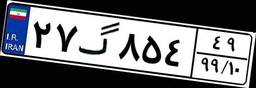
۸۷گ۰۴۰۳۸